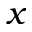
x